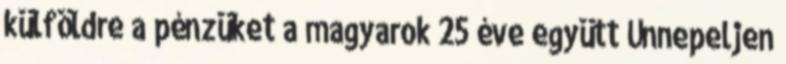
külföldre a pénzüket a magyarok 25 éve együtt Ünnepeljen